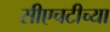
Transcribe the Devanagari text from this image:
सीएचटीच्या